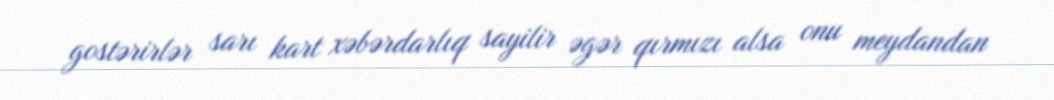
gostərirlər sarı kart xəbərdarlıq sayilir əgər qırmızı alsa onu meydandan